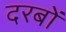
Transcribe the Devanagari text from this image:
दरबों